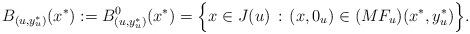
LaTeX: \begin{align*}B_{(u,y_{u}^{\ast })}(x^{\ast }):=B_{(u,y_{u}^{\ast })}^{0}(x^{\ast })=\Big\{x\in J(u)\,:\,(x,0_{u})\in (MF_{u})(x^{\ast },y_{u}^{\ast })\Big\}.\end{align*}